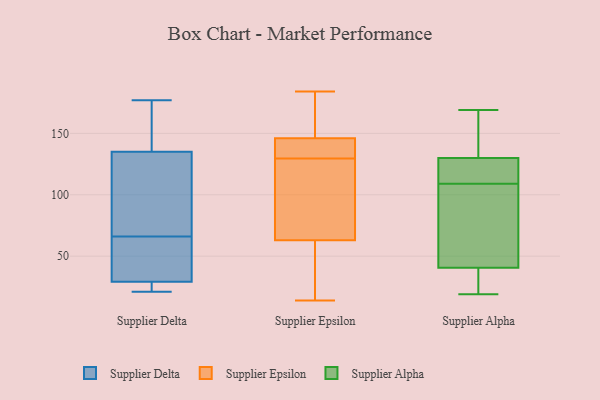
{"axis": {"x": "Net Income (USD K)", "y": "Value"}, "legend": ["Supplier Alpha", "Supplier Delta", "Supplier Epsilon"], "data": [{"x": "", "y": 176, "type": "Supplier Delta"}, {"x": "", "y": 27, "type": "Supplier Delta"}, {"x": "", "y": 177, "type": "Supplier Delta"}, {"x": "", "y": 102, "type": "Supplier Delta"}, {"x": "", "y": 30, "type": "Supplier Delta"}, {"x": "", "y": 21, "type": "Supplier Delta"}, {"x": "", "y": 127, "type": "Supplier Delta"}, {"x": "", "y": 32, "type": "Supplier Delta"}, {"x": "", "y": 22, "type": "Supplier Delta"}, {"x": "", "y": 159, "type": "Supplier Delta"}, {"x": "", "y": 115, "type": "Supplier Delta"}, {"x": "", "y": 66, "type": "Supplier Delta"}, {"x": "", "y": 54, "type": "Supplier Delta"}, {"x": "", "y": 125, "type": "Supplier Epsilon"}, {"x": "", "y": 68, "type": "Supplier Epsilon"}, {"x": "", "y": 174, "type": "Supplier Epsilon"}, {"x": "", "y": 146, "type": "Supplier Epsilon"}, {"x": "", "y": 99, "type": "Supplier Epsilon"}, {"x": "", "y": 146, "type": "Supplier Epsilon"}, {"x": "", "y": 184, "type": "Supplier Epsilon"}, {"x": "", "y": 151, "type": "Supplier Epsilon"}, {"x": "", "y": 39, "type": "Supplier Epsilon"}, {"x": "", "y": 14, "type": "Supplier Epsilon"}, {"x": "", "y": 63, "type": "Supplier Epsilon"}, {"x": "", "y": 27, "type": "Supplier Epsilon"}, {"x": "", "y": 142, "type": "Supplier Epsilon"}, {"x": "", "y": 134, "type": "Supplier Epsilon"}, {"x": "", "y": 136, "type": "Supplier Alpha"}, {"x": "", "y": 123, "type": "Supplier Alpha"}, {"x": "", "y": 128, "type": "Supplier Alpha"}, {"x": "", "y": 99, "type": "Supplier Alpha"}, {"x": "", "y": 19, "type": "Supplier Alpha"}, {"x": "", "y": 50, "type": "Supplier Alpha"}, {"x": "", "y": 109, "type": "Supplier Alpha"}, {"x": "", "y": 42, "type": "Supplier Alpha"}, {"x": "", "y": 27, "type": "Supplier Alpha"}, {"x": "", "y": 36, "type": "Supplier Alpha"}, {"x": "", "y": 169, "type": "Supplier Alpha"}, {"x": "", "y": 116, "type": "Supplier Alpha"}, {"x": "", "y": 141, "type": "Supplier Alpha"}]}